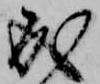
成